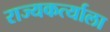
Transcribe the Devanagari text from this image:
राज्यकर्त्याला